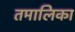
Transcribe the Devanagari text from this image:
तमालिका